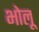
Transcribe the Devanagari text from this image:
भोलू